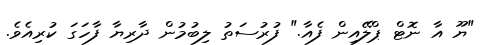
"ޔޫ އާ ނޮޓް ޕްލޭއިން ފެއާ." ފުރުސަތު ލިބުމުން ދާރިޔާ ފާހަގަ ކުރިއެވެ.